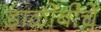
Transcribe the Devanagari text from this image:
डाळींबीचे